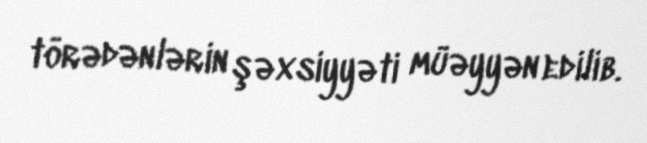
törədənlərin şəxsiyyəti müəyyən edilib.